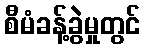
စီမံခန့်ခွဲမှုတွင်